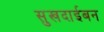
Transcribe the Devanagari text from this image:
सुखदाईबन